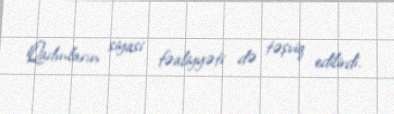
Qadınların siyasi fəaliyyəti də təşviq edilirdi.